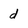
Character: d